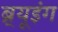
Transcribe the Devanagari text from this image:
ब्र्यूइंग